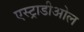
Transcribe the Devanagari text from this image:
एस्ट्राडीओल